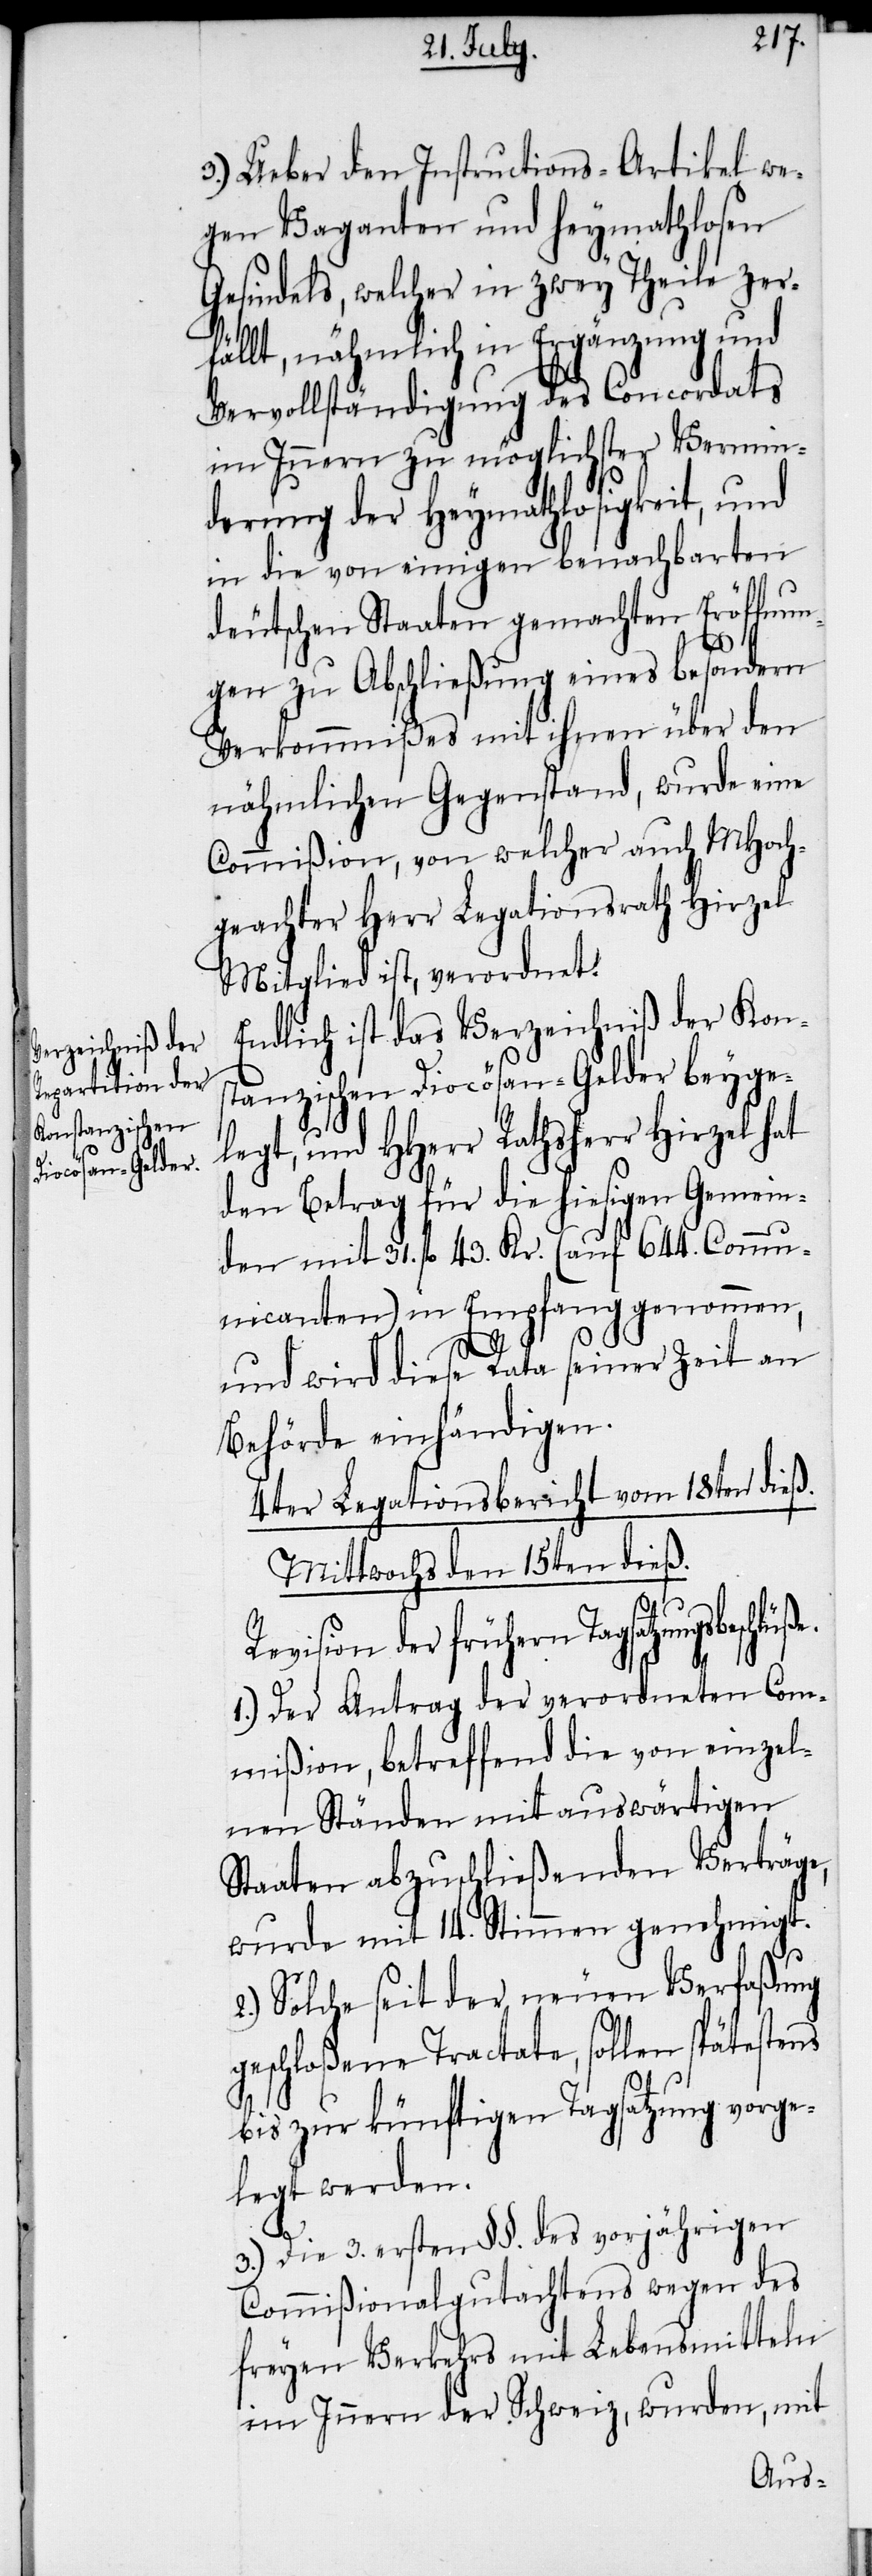
3.) Ueber den Instructions-Artikel we¬
gen Vaganten und heymathlosen
Gesindels, welcher in zwey Theile zer¬
fällt, nähmlich in Ergänzung und
Vervollständigung des Concordats
im Innern zu möglichster Vermin¬
derung der Heymathlosigkeit, und
in die von einigen benachbarten
deutschen Staaten gemachten Eröffnun¬
gen zu Abschließung eines besondern
Verkommnißes mit ihnen über den
nähmlichen Gegenstand, wurde eine
Commißion, von welcher auch MHoch¬
geachter Herr Legationsrath Hirzel
Mitglied ist, verordnet.
Endlich ist das Verzeichniß der Kon¬
anzischen Diocösan-Gelder beyge¬
legt, und HHerr Rathsherr Hirzel hat
den Betrag für die hiesigen Gemein¬
den mit 31. fl 43. Kr. (auf 644. Commu¬
nicanten) in Empfang genommen,
und wird diese Rata seiner Zeit an
Behörde einhändigen.
4ter Legationsbericht vom 18ten dieß.
Mittwochs den 15ten dieß.
ße.
Revision der frühern Tagsatzungsbeschlü¬
1.) Der Antrag der verordneten Com¬
mißion, betreffend die von einzel¬
nen Ständen mit auswärtigen
Staaten abzuschließenden Verträge,
wurde mit 14. Stimmen genehmigt.
2.) Solche seit der neuen Verfaßung
geschloßene Tractate, sollen spätestens
bis zur künftigen Tagsatzung vorge¬
legt werden.
3.) Die 3. ersten §§. des vorjährigen
Commißionalgutachtens wegen des
freyen Verkehrs mit Lebensmitteln
im Innern der Schweiz, wurden, mit